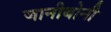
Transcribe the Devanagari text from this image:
जानीबोनी